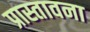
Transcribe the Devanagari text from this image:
प्रास्तावना